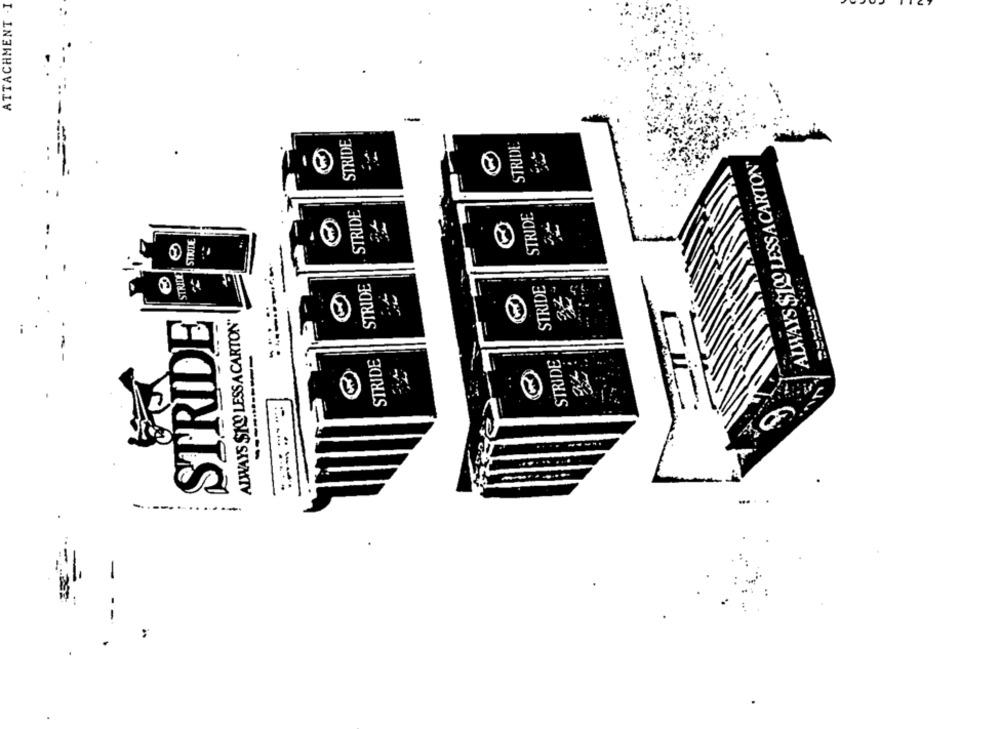
ATTACHMENT . I
-
STRIDE
STRIDE
ALWAYS $100 LESSACARTON"
STRIDE
STRIDE
STRIDE
STRIDE
STRIDE
STRIDE
36
ALWAYS SKO LESSACARTON
STRIDE
---------
STRIDE
STRIDE
-
..........
-